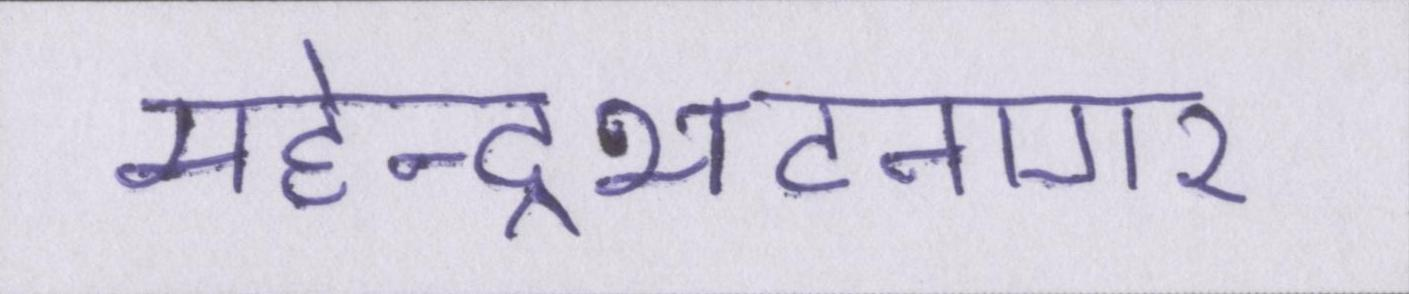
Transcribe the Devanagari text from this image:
महेन्द्रभटनागर